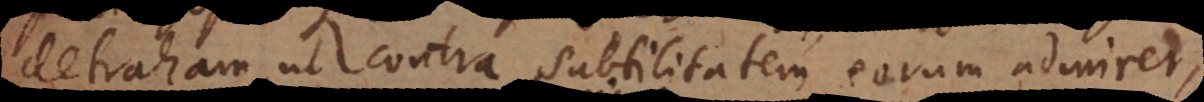
detraham, ut contra subtilitatem eorum admirer,